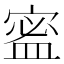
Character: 䀄